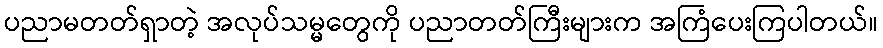
ပညာမတတ်ရှာတဲ့ အလုပ်သမ္မတွေကို ပညာတတ်ကြီးများက အကြံပေးကြပါတယ်။